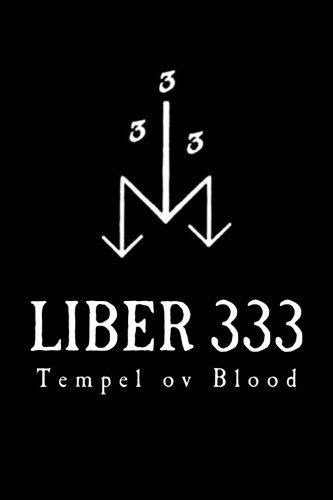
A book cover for Liber 333; Tempel ov Blood; Religion & Spirituality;